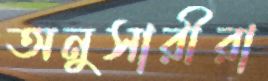
অনুসারীরা